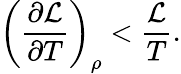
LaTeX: \left(\frac{\partial\mathcal{L}}{\partial T}\right)_{\rho}<\frac{\mathcal{L}}{T}.